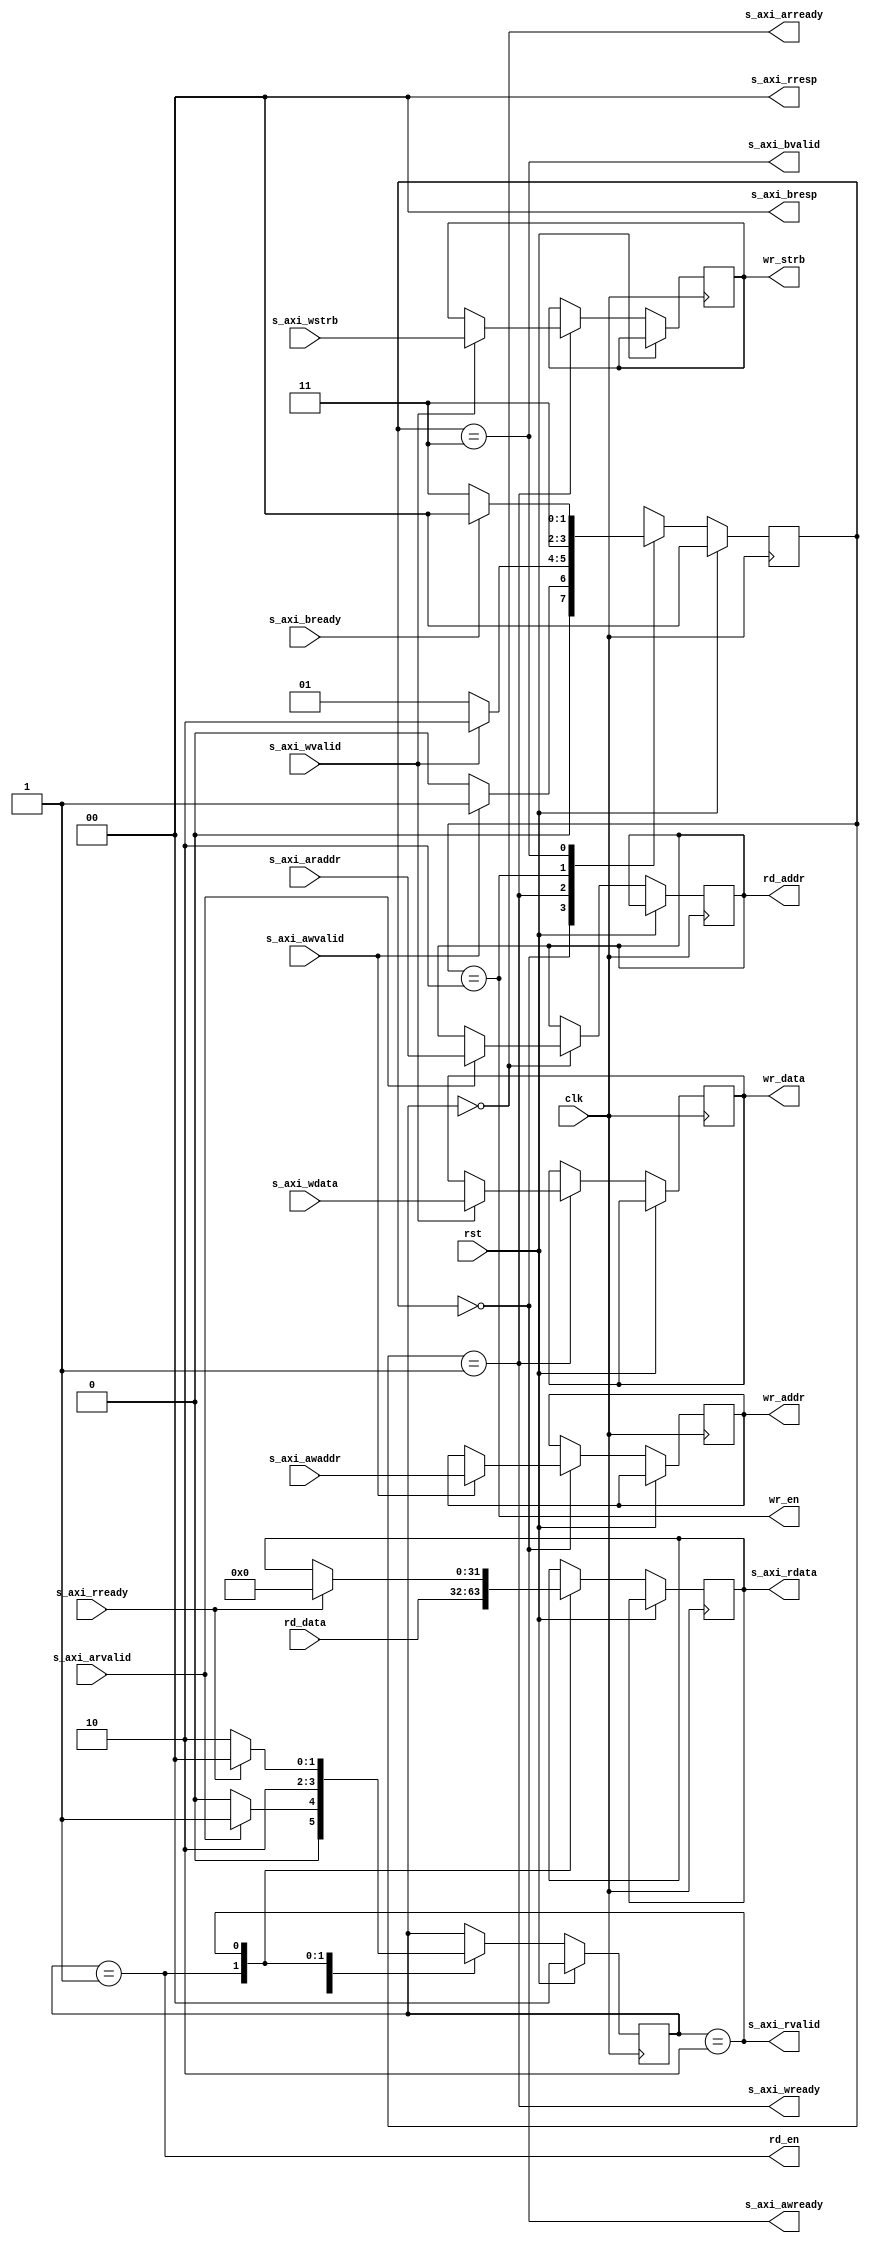
`timescale 1ns / 1ps

//******************************************************************************
//* AXI4-Lite interface                                                     *
//******************************************************************************
module axi4_lite_if #(
    parameter ADDR_BITS = 8
) (
    input  wire                 clk,  
    input  wire                 rst,           
    
    input  wire [ADDR_BITS-1:0] s_axi_awaddr,
    input  wire                 s_axi_awvalid,
    output wire                 s_axi_awready,
    
    input  wire [31:0]          s_axi_wdata,
    input  wire [3:0]           s_axi_wstrb,
    input  wire                 s_axi_wvalid,
    output wire                 s_axi_wready,
    
    output wire [1:0]           s_axi_bresp,
    output wire                 s_axi_bvalid,
    input  wire                 s_axi_bready,
    
    input  wire [ADDR_BITS-1:0] s_axi_araddr,
    input  wire                 s_axi_arvalid,
    output wire                 s_axi_arready,
    
    output reg  [31:0]          s_axi_rdata,
    output wire [1:0]           s_axi_rresp,
    output wire                 s_axi_rvalid,
    input  wire                 s_axi_rready,
    
    output reg  [ADDR_BITS-1:0] wr_addr,       
    output wire                 wr_en,          
    output reg  [31:0]          wr_data,        
    output reg  [3:0]           wr_strb,        
    
    output reg  [ADDR_BITS-1:0] rd_addr,  
    output wire                 rd_en,       
    input  wire [31:0]          rd_data
);

//******************************************************************************
//* Write state machine                                                     *
//******************************************************************************
localparam WR_ADDR_WAIT = 2'd0;
localparam WR_DATA_WAIT = 2'd1;
localparam WR_EXECUTE   = 2'd2;
localparam WR_RESPONSE  = 2'd3;

reg [1:0] wr_state;

always @(posedge clk)
begin
    if (rst)
        wr_state <= WR_ADDR_WAIT;
    else
        case (wr_state)
            //Waiting for address valid
            WR_ADDR_WAIT: if (s_axi_awvalid)
                          begin
                              wr_state <= WR_DATA_WAIT;
                              wr_addr  <= s_axi_awaddr;
                          end
                          else
                              wr_state <= WR_ADDR_WAIT;
            
            //Waiting for write data valid              
            WR_DATA_WAIT: if (s_axi_wvalid)
                          begin
                              wr_state <= WR_EXECUTE;
                              wr_data  <= s_axi_wdata;
                              wr_strb  <= s_axi_wstrb;
                          end
                          else
                              wr_state <= WR_DATA_WAIT;
            
            //Execute the write
            WR_EXECUTE  : wr_state <= WR_RESPONSE;
            
            //Send response
            WR_RESPONSE : if (s_axi_bready)
                              wr_state <= WR_ADDR_WAIT;
                          else
                              wr_state <= WR_RESPONSE;
        endcase
end

assign s_axi_awready = (wr_state == WR_ADDR_WAIT);
assign s_axi_wready  = (wr_state == WR_DATA_WAIT);
assign s_axi_bvalid  = (wr_state == WR_RESPONSE);
assign s_axi_bresp   = 2'b00;

assign wr_en = (wr_state == WR_EXECUTE);


//******************************************************************************
//* Read state machine                                                   *
//******************************************************************************
localparam RD_ADDR_WAIT = 2'd0;
localparam RD_EXECUTE   = 2'd1;
localparam RD_SEND_DATA = 2'd2;

reg [1:0] rd_state;

always @(posedge clk)
begin
    if (rst)
        rd_state <= RD_ADDR_WAIT;
    else
        case (rd_state)
            RD_ADDR_WAIT: if (s_axi_arvalid)
                          begin
                              rd_state <= RD_EXECUTE;
                              rd_addr  <= s_axi_araddr;
                          end
                          else
                              rd_state <= RD_ADDR_WAIT;
            
            RD_EXECUTE  : begin
                              rd_state    <= RD_SEND_DATA;
                              s_axi_rdata <= rd_data;
                          end
            
            RD_SEND_DATA: if (s_axi_rready)
                          begin
                              rd_state    <= RD_ADDR_WAIT;
                              s_axi_rdata <= 32'd0;
                          end
                          else
                              rd_state <= RD_SEND_DATA;
        endcase
end

assign s_axi_arready = (rd_state == RD_ADDR_WAIT);
assign s_axi_rvalid  = (rd_state == RD_SEND_DATA);
assign s_axi_rresp   = 2'b00;

assign rd_en = (rd_state == RD_EXECUTE);

endmodule